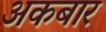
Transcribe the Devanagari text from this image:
अकबार